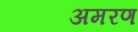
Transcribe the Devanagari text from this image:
अमरण